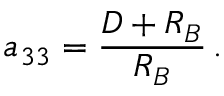
a _ { 3 3 } = { \frac { D + R _ { B } } { R _ { B } } } \, .